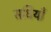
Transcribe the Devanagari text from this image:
सधियाँ